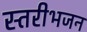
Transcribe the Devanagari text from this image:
स्तरीभजन